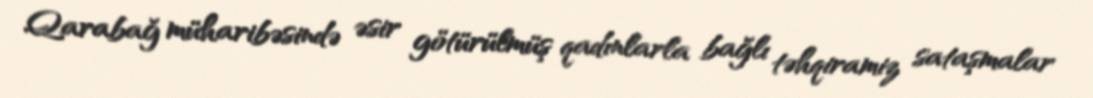
Qarabağ müharibəsində əsir götürülmüş qadınlarla bağlı təhqiramiz sataşmalar